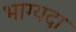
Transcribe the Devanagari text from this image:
भाग्यदा